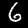
Digit: 6